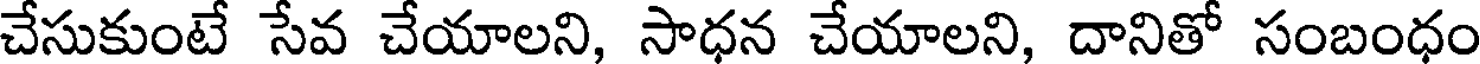
చేసుకుంటే సేవ చేయాలని, సాధన చేయాలని, దానితో సంబంధం